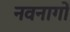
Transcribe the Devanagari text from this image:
नवनागों